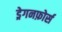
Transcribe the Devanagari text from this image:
ड्रेगनफ़ोर्स